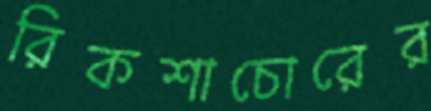
রিকশাচোরের